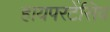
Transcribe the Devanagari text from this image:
हायपरटेंसिव